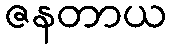
ဇနတာယ